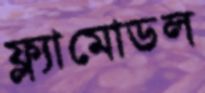
ফ্ল্যামোডল